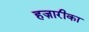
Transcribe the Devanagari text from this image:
हज़ारीका